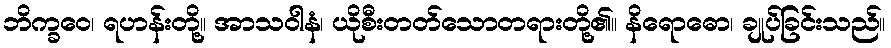
ဘိက္ခဝေ၊ ရဟန်းတို့။ အာသဝါနံ၊ ယိုစီးတတ်သောတရားတို့၏။ နိရောဓော၊ ချုပ်ခြင်းသည်။